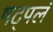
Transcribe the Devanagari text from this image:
षट्पलं